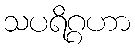
သပရိဂ္ဂဟာ